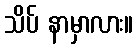
သိပ် နာမှာလား။